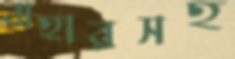
বাহারসহ